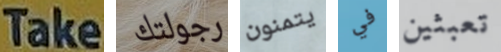
Take رجولتك يتمنون في تعبثين